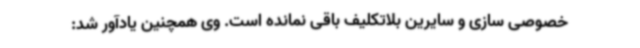
خصوصی سازی و سایرین بلاتکلیف باقی نمانده است. وی همچنین یادآور شد: